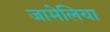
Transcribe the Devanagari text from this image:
जामेलिया